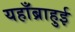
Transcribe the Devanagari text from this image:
यहाँब्राहुई